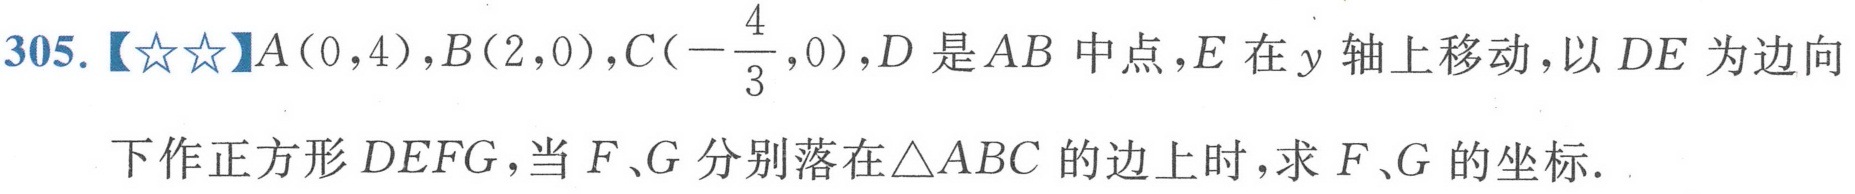
305.【★★】\(A(0,4)\)，\(B(2,0)\)，\(C(-\frac{4}{3},0)\)，\(D\)是\(AB\)中点，\(E\)在\(y\)轴上移动，以\(DE\)为边向
下作正方形\(DEFG\)，当\(F\)、\(G\)分别落在\(\triangle ABC\)的边上时，求\(F\)、\(G\)的坐标.